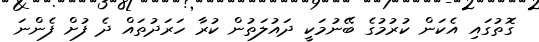
ގޮތުގައި އެކަން ކުރުމުގެ ބޭނުމަކީ ދައުލަތުން ކުރާ ހަރަދުތައް ދެ ފުށް ފެންނަ